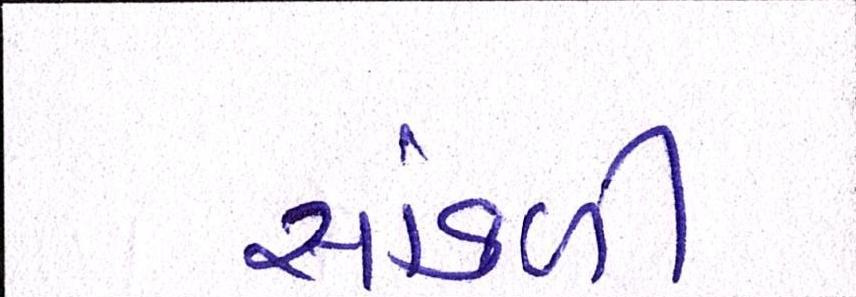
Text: સાંકળી